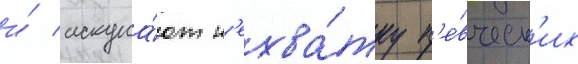
и́ искупа́ют н'ехва́тку п'е́вческ'их